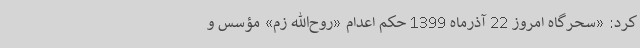
کرد: «سحرگاه امروز 22 آذرماه 1399 حکم اعدام «روح‌الله زم» مؤسس و